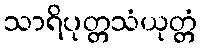
သာရိပုတ္တသံယုတ္တံ